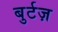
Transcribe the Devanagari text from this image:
बुर्टज़